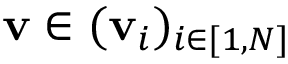
\mathbf v \in ( \mathbf v _ { i } ) _ { i \in [ 1 , N ] }